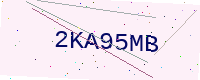
Text: 2KA95MB